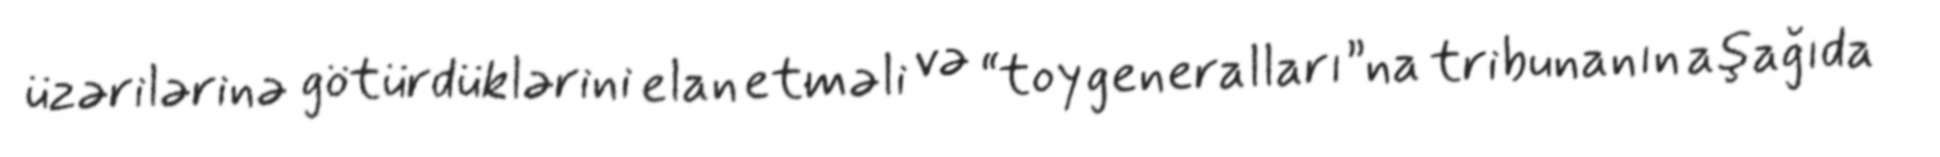
üzərilərinə götürdüklərini elan etməli və “toy generalları”na tribunanın aşağıda